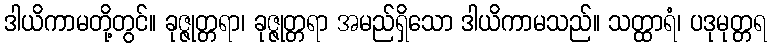
ဒါယိကာမတို့တွင်။ ခုဇ္ဇုတ္တရာ၊ ခုဇ္ဇုတ္တရာ အမည်ရှိသော ဒါယိကာမသည်။ သတ္ထာရံ၊ ပဒုမုတ္တရ